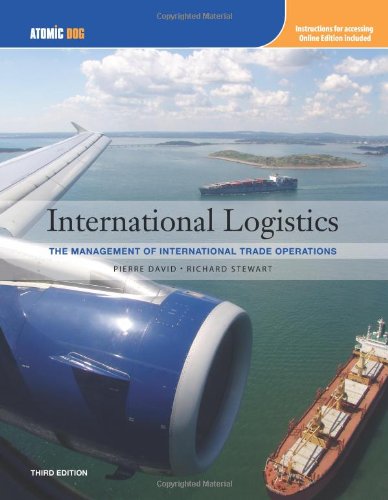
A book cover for International Logistics: Management of International Trade Operations (with Make the Grade Printed Access Card); Pierre A. David; Business & Money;